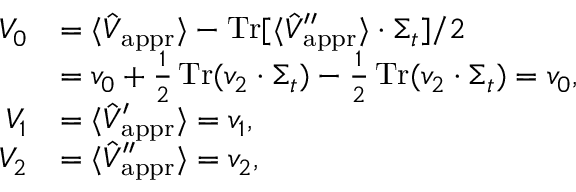
\begin{array} { r l } { V _ { 0 } } & { = \langle \hat { V } _ { \mathrm { a p p r } } \rangle - \operatorname { T r } [ \langle \hat { V } _ { \mathrm { a p p r } } ^ { \prime \prime } \rangle \cdot \Sigma _ { t } ] / 2 } \\ & { = v _ { 0 } + \frac { 1 } { 2 } \operatorname { T r } ( v _ { 2 } \cdot \Sigma _ { t } ) - \frac { 1 } { 2 } \operatorname { T r } ( v _ { 2 } \cdot \Sigma _ { t } ) = v _ { 0 } , } \\ { V _ { 1 } } & { = \langle \hat { V } _ { \mathrm { a p p r } } ^ { \prime } \rangle = v _ { 1 } , } \\ { V _ { 2 } } & { = \langle \hat { V } _ { \mathrm { a p p r } } ^ { \prime \prime } \rangle = v _ { 2 } , } \end{array}